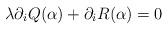
LaTeX: \begin{align*} \lambda \partial_i Q( \alpha ) + \partial_i R( \alpha ) = 0\end{align*}